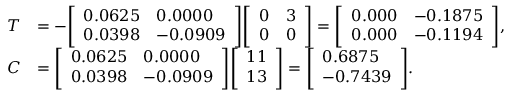
{ \begin{array} { r l } { T } & { = - { \left[ \begin{array} { l l } { 0 . 0 6 2 5 } & { 0 . 0 0 0 0 } \\ { 0 . 0 3 9 8 } & { - 0 . 0 9 0 9 } \end{array} \right] } { \left[ \begin{array} { l l } { 0 } & { 3 } \\ { 0 } & { 0 } \end{array} \right] } = { \left[ \begin{array} { l l } { 0 . 0 0 0 } & { - 0 . 1 8 7 5 } \\ { 0 . 0 0 0 } & { - 0 . 1 1 9 4 } \end{array} \right] } , } \\ { C } & { = { \left[ \begin{array} { l l } { 0 . 0 6 2 5 } & { 0 . 0 0 0 0 } \\ { 0 . 0 3 9 8 } & { - 0 . 0 9 0 9 } \end{array} \right] } { \left[ \begin{array} { l } { 1 1 } \\ { 1 3 } \end{array} \right] } = { \left[ \begin{array} { l } { 0 . 6 8 7 5 } \\ { - 0 . 7 4 3 9 } \end{array} \right] } . } \end{array} }